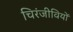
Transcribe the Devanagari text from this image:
चिरंजीवियों